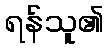
ရန်သူ၏